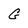
Character: G